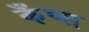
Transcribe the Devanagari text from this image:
कँप्स